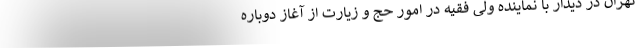
تهران در دیدار با نماینده ولی فقیه در امور حج و زیارت از آغاز دوباره